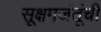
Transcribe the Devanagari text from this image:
सूक्षमजंतूंची